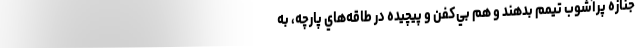
جنازه پرآشوب تيمم بدهند و هم بي‌كفن و پيچيده در طاقه‌هاي پارچه، به